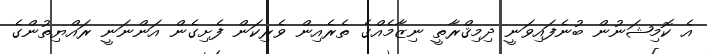
އެ ކޮމިޝަނުން ބުނެފައިވަނީ ދިމިޤްރާތީ ނިޒާމެއްގެ ތެރެއިން ވެރިކަން ފެށިގެން އަންނަނީ ރައްޔިތުންގެ